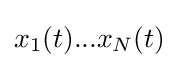
x_{1}(t)...x_{N}(t)